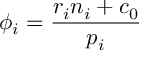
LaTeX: \phi _ { i } = \frac { r _ { i } n _ { i } + c _ { 0 } } { p _ { i } }